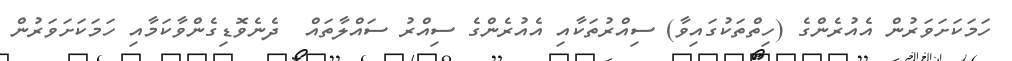
ހަމަކަށަވަރުން އެއުރެންގެ (ހިތްތަކުގައިވާ) ސިއްރުތަކާއި އެއުރެންގެ ސިއްރު ސައްލާތައް  ދެނެވޮޑިގެންވާކަމާއި ހަމަކަށަވަރުން